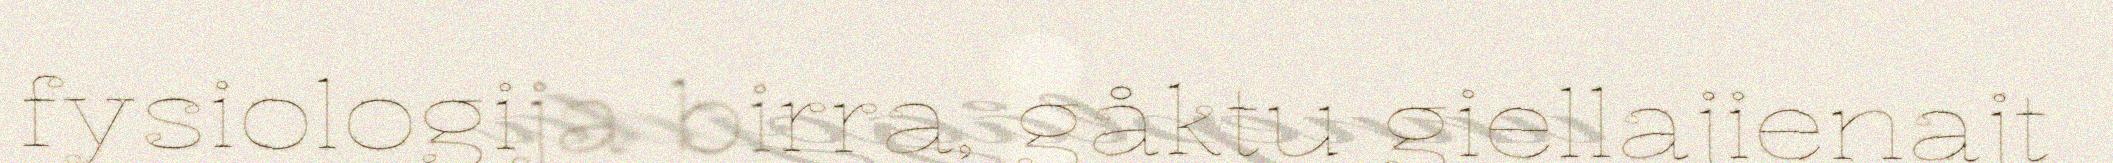
fysiologija birra, gåktu giellajienajt